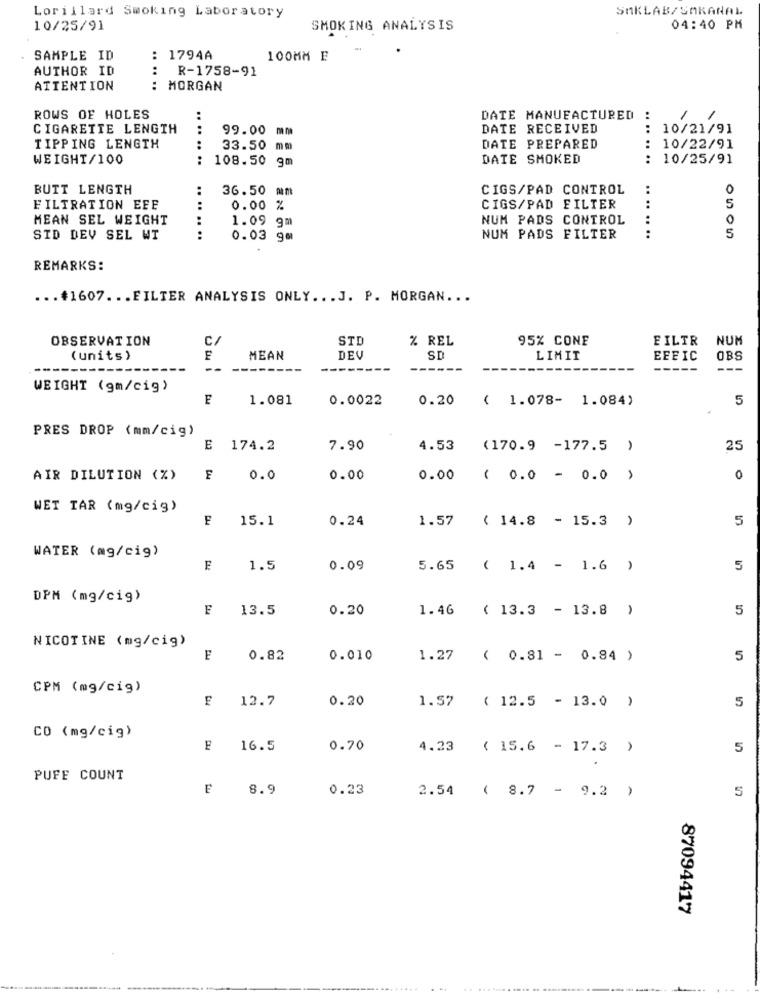
SAKLAB/SAKANAL
Lorillard Smoking Laboratory
10/25/91
SMOKING ANALYSIS
04:40 PM
SAMPLE ID
: 1794A
100MM E
AUTHOR ID
R-1758-91
ATTENTION
: MORGAN
.. .. ..
ROWS OF HOLES
DATE MANUFACTURED
:
1
CIGARETTE LENGTH
99.00
DATE RECEIVED
:
10/21/91
TIPPING LENGTH
33.50
mm
DATE PREPARED
: 10/22/91
WEIGHT/100
.... ....
108.50
9m
DATE SMOKED
10/25/91
..
BUTT LENGTH
36.50 mm
CIGS/PAD CONTROL
0
CIGS/PAD FILTER
FILTRATION EFF
0.00 %
5
MEAN SEL WEIGHT
1.09 gm
NUM PADS CONTROL
5
STD DEV SEL WT
.. .. .. ..
0.03 gm
NUM PADS FILTER
........
REMARKS:
... #1607 ... FILTER ANALYSIS ONLY ... J. P. MORGAN ...
OBSERVATION
C/
STD
% REL
95% CONE
EILTR
NUM
(units)
F
MEAN
DEV
SD
LIMIT
EFFIC
OBS
--
--
WEIGHT (gm/cig)
F
1.081
0.0022
0.20 ( 1.078- 1.084)
5
PRES DROP (mm/cig)
E 174.2
7.90
4.53
(170.9 -177.5 )
25
AIR DILUTION (%)
0.0
0.00
0.00 ( 0.0 - 0.0 )
0
WET TAR (mg/cig)
F
15.1
0.24
1.57 ( 14.8 - 15.3 )
5
WATER (mg/cig)
F
1.5
0.09
5.65 ( 1.4 - 1.6 )
5
DPM (mg/cig)
F
13.5
0.20
1.46 ( 13.3 - 13.8 )
5
NICOTINE (mg/cig)
E
0.82
0.010
1.27 ( 0.81 - 0.84 )
5
CPM (mg/cig)
12.7
0.20
1.57 ( 12.5 - 13.0 )
5
CO (mg/cig)
16.5
0.70
4.23 ( 15.6 - 17.3 )
5
PUFF COUNT
8.9
0.23
5
2.54 ( 8.7 - 9.2 )
87094417
.. ....... ..... ... ...........